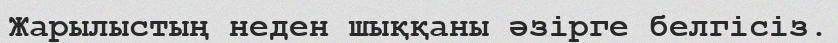
Жарылыстың неден шыққаны әзірге белгісіз.